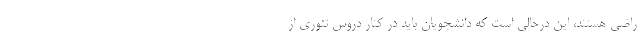
راضی هستند، این درحالی است که دانشجویان باید در کنار دروس تئوری از